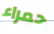
حمراء